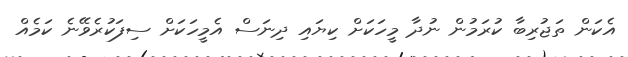
އެކަން ތަޖުރިބާ ކުރަމުން ނުދާ މީހަކަށް ކިޔައި ދިނަސް އެމީހަކަށް ސިފަކުރެވޭނެ ކަމެއް